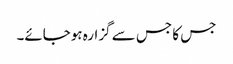
جس کا جس سے گزارہ ہوجائے۔